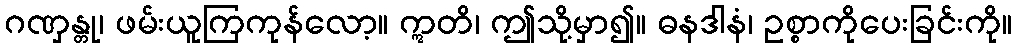
ဂဏှန္တု၊ ဖမ်းယူကြကုန်လော့။ ဣတိ၊ ဤသို့မှာ၍။ ဓနဒါနံ၊ ဥစ္စာကိုပေးခြင်းကို။